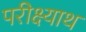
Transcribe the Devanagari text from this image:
परीक्ष्याथ